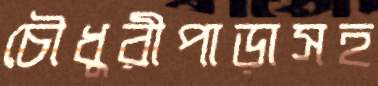
চৌধুরীপাড়াসহ